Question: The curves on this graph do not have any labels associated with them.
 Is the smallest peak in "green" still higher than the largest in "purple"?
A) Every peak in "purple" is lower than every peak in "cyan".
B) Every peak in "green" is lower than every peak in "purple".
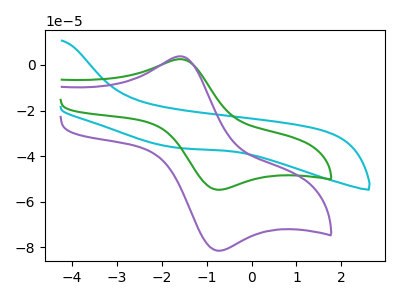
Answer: <think>The cyan curve "cyan" has no peaks. The green curve "green" has an anodic peak at (-1.55V, 2.55uA) and a cathodic peak at (-0.75V, -54.80uA). The purple curve "purple" has an anodic peak at (-1.55V, 3.80uA) and a cathodic peak at (-0.75V, -81.60uA).</think>
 <answer>B) Every peak in "green" is lower than every peak in "purple".</answer>
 <eval>B</eval>